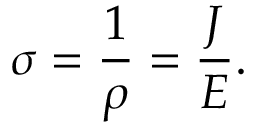
\sigma = { \frac { 1 } { \rho } } = { \frac { J } { E } } . \,